Vaccination report Assam 1896-1927 - 1896-1927
Year: 1896
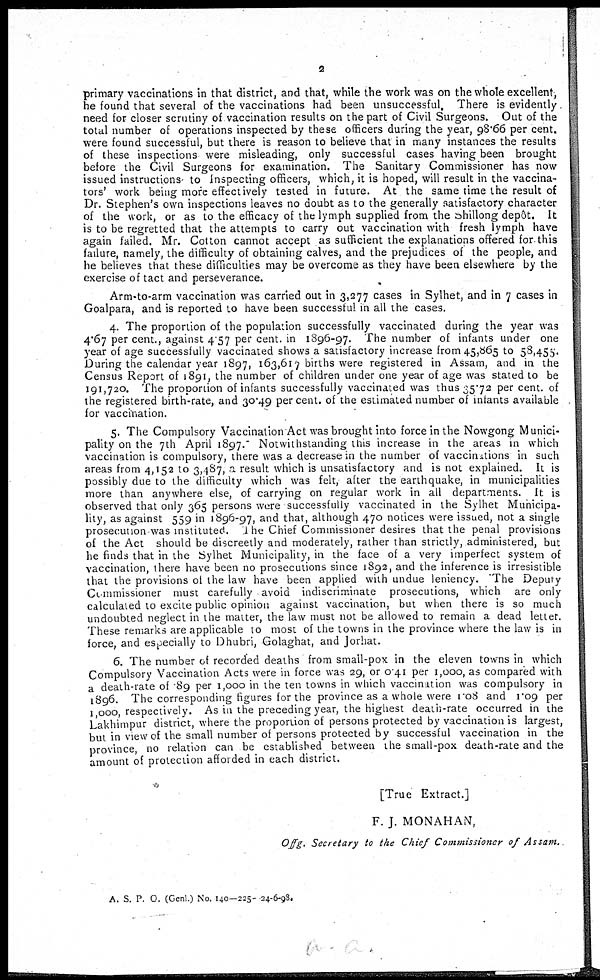
2
primary vaccinations in that district, and that, while the work was on the whole excellent,
he found that several of the vaccinations had been unsuccessful. There is evidently
need for closer scrutiny of vaccination results on the part of Civil Surgeons. Out of the
total number of operations inspected by these officers during the year, 98.66 per cent.
were found successful, but there is reason to believe that in many instances the results
of these inspections were misleading, only successful cases having been brought
before the Civil Surgeons for examination. The Sanitary Commissioner has now
issued instructions to Inspecting officers, which, it is hoped, will result in the vaccina-
tors' work being more effectively tested in future. At the same time the result of
Dr. Stephen's own inspections leaves no doubt as to the generally satisfactory character
of the work, or as to the efficacy of the lymph supplied from the Shillong depôt. It
is to be regretted that the attempts to carry out vaccination with fresh lymph have
again failed. Mr. Cotton cannot accept as sufficient the explanations offered for this
failure, namely, the difficulty of obtaining calves, and the prejudices of the people, and
he believes that these difficulties may be overcome as they have been elsewhere by the
exercise of tact and perseverance.
Arm-to-arm vaccination was carried out in 3,277 cases in Sylhet, and in 7 cases in
Goalpara, and is reported to have been successful in all the cases.
4. The proportion of the population successfully vaccinated during the year was
4.67 per cent., against 4.57 per cent. in 1896-97. The number of infants under one
year of age successfully vaccinated shows a satisfactory increase from 45,865 to 58,455.
During the calendar year 1897, 163,617 births were registered in Assam, and in the
Census Report of 1891, the number of children under one year of age was stated to be
191,720. The proportion of infants successfully vaccinated was thus 35.72 per cent. of
the registered birth-rate, and 30.49 per cent. of the estimated number of infants available
for vaccination.
5. The Compulsory Vaccination Act was brought into force in the Nowgong Munici-
pality on the 7th April 1897. Notwithstanding this increase in the areas in which
vaccination is compulsory, there was a decrease in the number of vaccinitions in such
areas from 4,152 to 3,487, a result which is unsatisfactory and is not explained. It is
possibly due to the difficulty which was felt, after the earthquake, in municipalities
more than anywhere else, of carrying on regular work in all departments. It is
observed that only 365 persons were successfully vaccinated in the Sylhet Municipa-
lity, as against 559 in 1896-97, and that, although 470 notices were issued, not a single
prosecution was instituted. The Chief Commissioner desires that the penal provisions
of the Act should be discreetly and moderately, rather than strictly, administered, but
he finds that in the Sylhet Municipality, in the face of a very imperfect system of
vaccination, there have been no prosecutions since 1892, and the inference is irresistible
that the provisions of the law have been applied with undue leniency. 'The Deputy
Commissioner must carefully avoid indiscriminate prosecutions, which are only
calculated to excite public opinion against vaccination, but when there is so much
undoubted neglect in the matter, the law must not be allowed to remain a dead letter.
These remarks are applicable to most of the towns in the province where the law is in
force, and especially to Dhubri, Golaghat, and Jorhat.
6. The number of recorded deaths from small-pox in the eleven towns in which
Compulsory Vaccination Acts were in force was 29, or 0.41 per 1,000, as compared with
a death-rate of 89 per 1,000 in the ten towns in which vaccination was compulsory in
1896. The corresponding figures for the province as a whole were 1.08 and 1.09 per
1,000, respectively. As in the preceding year, the highest death-rate occurred in the
Lakhimpur district, where the proportion of persons protected by vaccination is largest,
but in view of the small number of persons protected by successful vaccination in the
province, no relation can be established between the small-pox death-rate and the
amount of protection afforded in each district.
[True Extract.]
F. J. MONAHAN,
Offg. Secretary to the Chief Commissioner of Assam.
A. S. P. O. (Genl.) No. 140—225- 24-6-98.